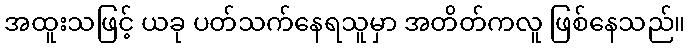
အထူးသဖြင့် ယခု ပတ်သက်နေရသူမှာ အတိတ်ကလူ ဖြစ်နေသည်။